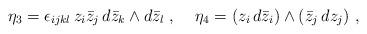
LaTeX: \begin{align*}\eta_3 = \epsilon_{ijkl} \, z_i \bar{z}_j \, d\bar{z}_k \wedge d\bar{z}_l \ , \;\;\;\;\eta_4 = (z_i \, d\bar{z}_i) \wedge (\bar{z}_j \, dz_j) \ , \;\;\;\;\end{align*}